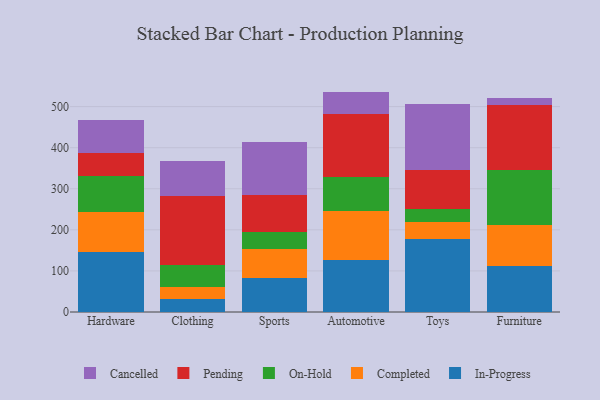
{"axis": {"x": "Category", "y": "Production Output"}, "legend": ["Cancelled", "Completed", "In-Progress", "On-Hold", "Pending"], "data": [{"x": "Hardware", "y": 147.1, "type": "In-Progress"}, {"x": "Hardware", "y": 96.0, "type": "Completed"}, {"x": "Hardware", "y": 89.1, "type": "On-Hold"}, {"x": "Hardware", "y": 53.9, "type": "Pending"}, {"x": "Hardware", "y": 80.5, "type": "Cancelled"}, {"x": "Clothing", "y": 32.3, "type": "In-Progress"}, {"x": "Clothing", "y": 28.6, "type": "Completed"}, {"x": "Clothing", "y": 54.1, "type": "On-Hold"}, {"x": "Clothing", "y": 167.8, "type": "Pending"}, {"x": "Clothing", "y": 84.6, "type": "Cancelled"}, {"x": "Sports", "y": 82.6, "type": "In-Progress"}, {"x": "Sports", "y": 70.2, "type": "Completed"}, {"x": "Sports", "y": 43.0, "type": "On-Hold"}, {"x": "Sports", "y": 89.4, "type": "Pending"}, {"x": "Sports", "y": 128.0, "type": "Cancelled"}, {"x": "Automotive", "y": 127.6, "type": "In-Progress"}, {"x": "Automotive", "y": 117.6, "type": "Completed"}, {"x": "Automotive", "y": 84.6, "type": "On-Hold"}, {"x": "Automotive", "y": 151.0, "type": "Pending"}, {"x": "Automotive", "y": 55.7, "type": "Cancelled"}, {"x": "Toys", "y": 177.8, "type": "In-Progress"}, {"x": "Toys", "y": 41.7, "type": "Completed"}, {"x": "Toys", "y": 30.9, "type": "On-Hold"}, {"x": "Toys", "y": 96.3, "type": "Pending"}, {"x": "Toys", "y": 158.7, "type": "Cancelled"}, {"x": "Furniture", "y": 111.2, "type": "In-Progress"}, {"x": "Furniture", "y": 100.3, "type": "Completed"}, {"x": "Furniture", "y": 135.2, "type": "On-Hold"}, {"x": "Furniture", "y": 156.7, "type": "Pending"}, {"x": "Furniture", "y": 17.8, "type": "Cancelled"}]}